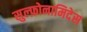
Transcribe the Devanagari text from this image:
सुल्फ़ोनामिदेस